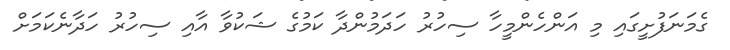
ގެމަނަފުށީގައި މި އަންހެންމީހާ ސިހުރު ހަދަމުންދާ ކަމުގެ ޝަކުވާ އާއި ސިހުުރު ހަދާނެކަމަށް